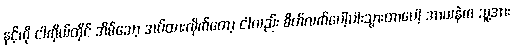
နင့်ကို ငါကိုယ်တိုင် အိမ်သော့ အပ်ထားလိုက်တော့ ငါလည်း စိတ်လက်ပေါ့ပါးသွားတာပေါ့ အာယနဲက သူ့အား